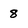
Character: 8